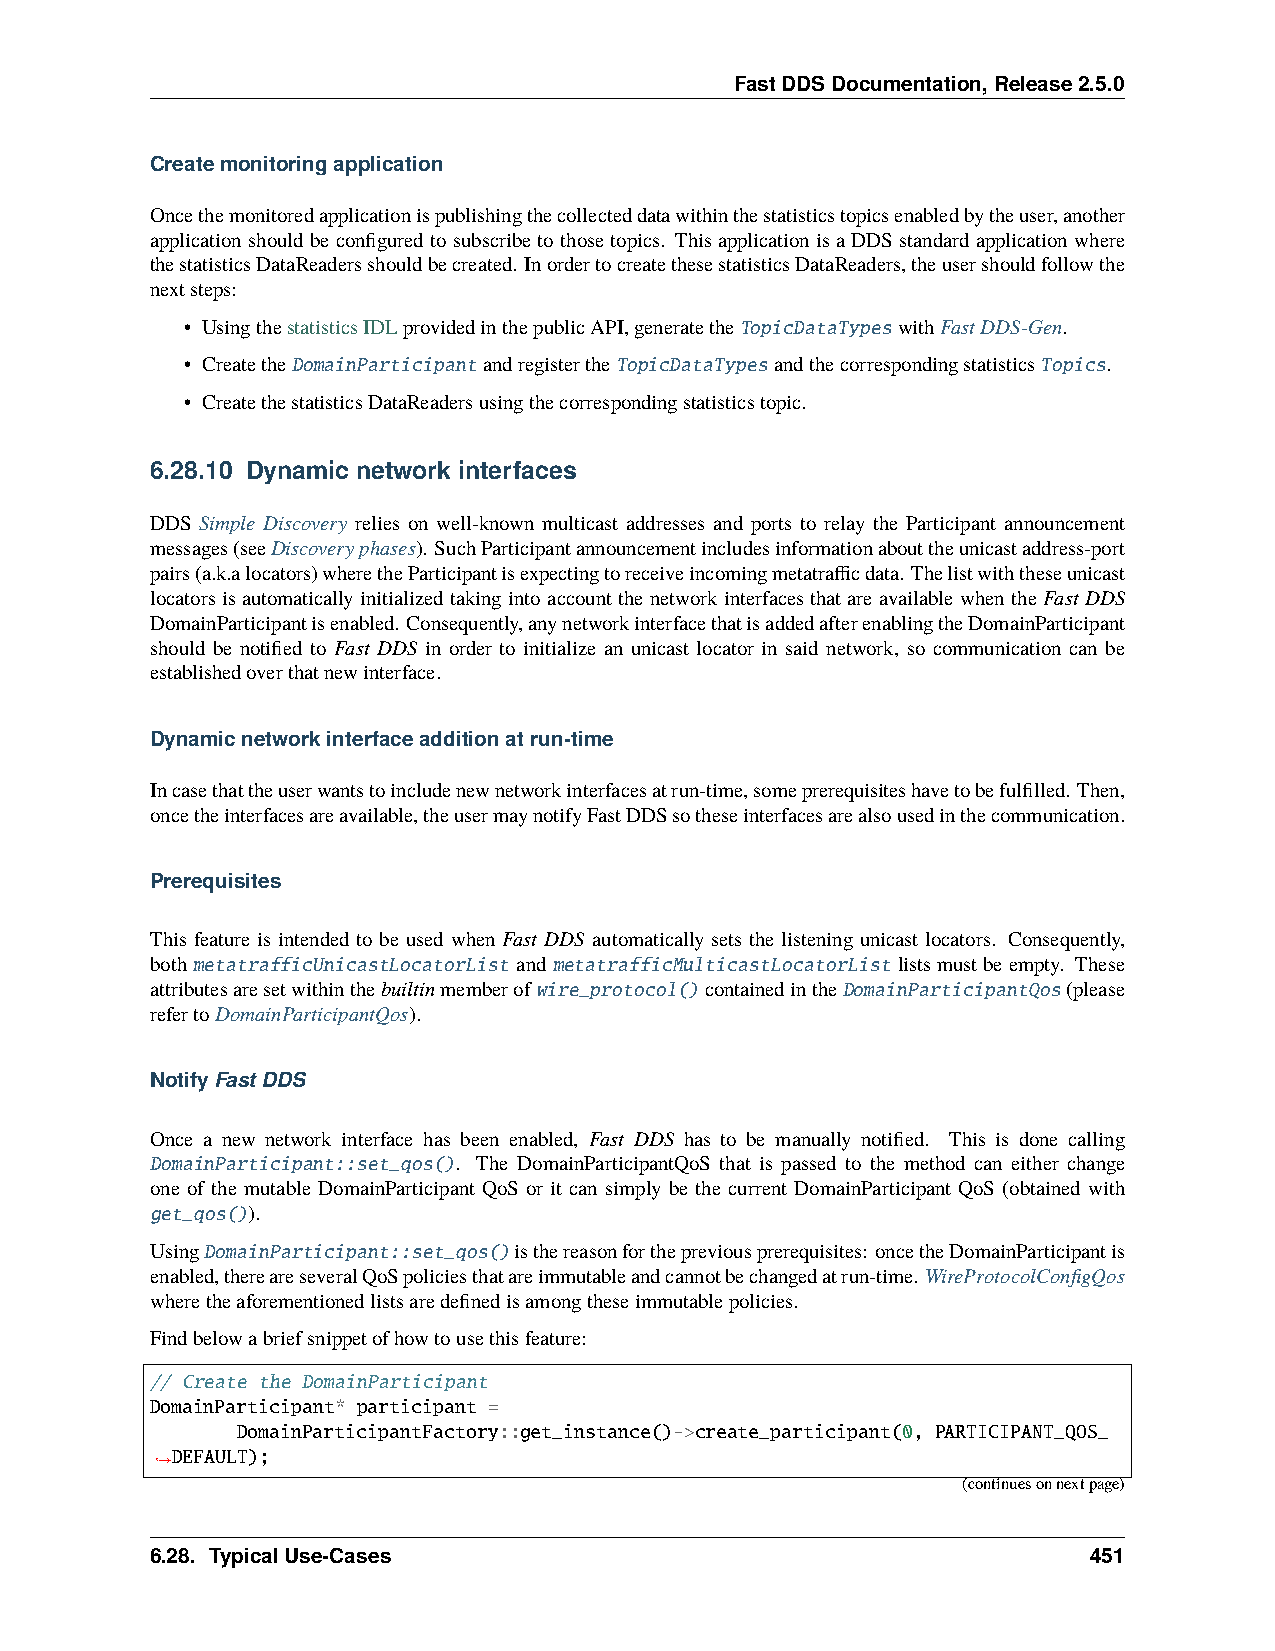
FastDDSDocumentation,Release2.5.0
 Createmonitoringapplication
 Oncethemonitoredapplicationispublishingthecollecteddatawithinthestatisticstopicsenabledbytheuser,another
 applicationshouldbeconfiguredtosubscribetothosetopics. ThisapplicationisaDDSstandardapplicationwhere
 thestatisticsDataReadersshouldbecreated. InordertocreatethesestatisticsDataReaders,theusershouldfollowthe
 nextsteps:
 • UsingthestatisticsIDLprovidedinthepublicAPI,generatetheTopicDataTypeswithFastDDS-Gen.
 • CreatetheDomainParticipantandregistertheTopicDataTypesandthecorrespondingstatisticsTopics.
 • CreatethestatisticsDataReadersusingthecorrespondingstatisticstopic.
 6.28.10 Dynamic network interfaces
 DDS Simple Discovery relies on well-known multicast addresses and ports to relay the Participant announcement
 messages(seeDiscoveryphases). SuchParticipantannouncementincludesinformationabouttheunicastaddress-port
 pairs(a.k.alocators)wheretheParticipantisexpectingtoreceiveincomingmetatrafficdata. Thelistwiththeseunicast
 locators is automatically initialized taking into account the network interfaces that are available when the Fast DDS
 DomainParticipantisenabled. Consequently,anynetworkinterfacethatisaddedafterenablingtheDomainParticipant
 should be notified to Fast DDS in order to initialize an unicast locator in said network, so communication can be
 establishedoverthatnewinterface.
 Dynamicnetworkinterfaceadditionatrun-time
 Incasethattheuserwantstoincludenewnetworkinterfacesatrun-time,someprerequisiteshavetobefulfilled. Then,
 oncetheinterfacesareavailable,theusermaynotifyFastDDSsotheseinterfacesarealsousedinthecommunication.
 Prerequisites
 This feature is intended to be used when Fast DDS automatically sets the listening unicast locators. Consequently,
 both metatrafficUnicastLocatorList and metatrafficMulticastLocatorList lists must be empty. These
 attributesaresetwithinthebuiltinmemberofwire_protocol()containedintheDomainParticipantQos(please
 refertoDomainParticipantQos).
 NotifyFastDDS
 Once a new network interface has been enabled, Fast DDS has to be manually notified. This is done calling
 DomainParticipant::set_qos(). The DomainParticipantQoS that is passed to the method can either change
 one of the mutable DomainParticipant QoS or it can simply be the current DomainParticipant QoS (obtained with
 get_qos()).
 UsingDomainParticipant::set_qos()isthereasonforthepreviousprerequisites: oncetheDomainParticipantis
 enabled,thereareseveralQoSpoliciesthatareimmutableandcannotbechangedatrun-time. WireProtocolConfigQos
 wheretheaforementionedlistsaredefinedisamongtheseimmutablepolicies.
 Findbelowabriefsnippetofhowtousethisfeature:
 // Create the DomainParticipant
 DomainParticipant* participant =
 DomainParticipantFactory::get_instance()->create_participant(0, PARTICIPANT_QOS_
 DEFAULT);
 ˓→
 (continuesonnextpage)
 6.28. TypicalUse-Cases                                        451